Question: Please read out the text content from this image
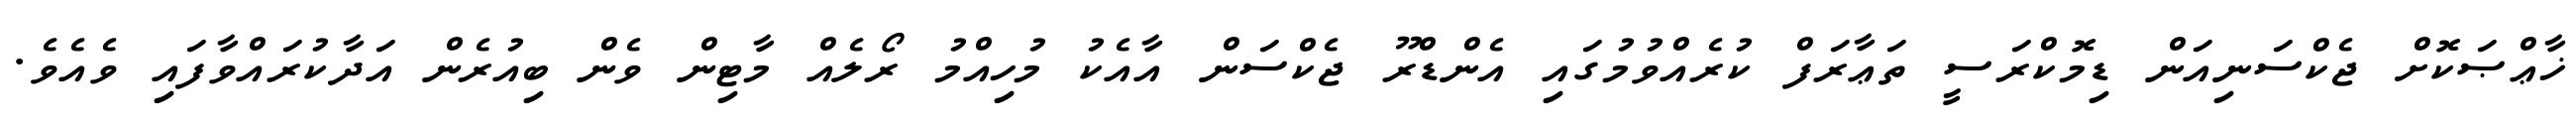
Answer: ޚާޢްޞަކޮށް ޖެކްސަނިއަން ޑިމޮކްރަސީ ތަޢާރަފް ކުރެއްވުމުގައި އެންޑްރޫ ޖެކްސަން އާއެކު މުހިއްމު ރޯލެއް މާޓިން ވެން ބިއުރެން އަދާކުރައްވާފައި ވެއެވެ.